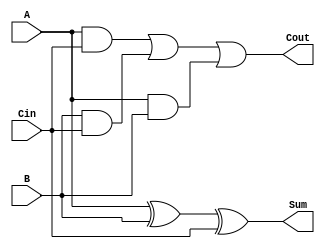
module FAStr(
	input wire A,
	input wire B,
	input wire Cin,
	output wire Sum,
	output wire Cout );
	
wire s1, T1, T2, T3;

xor X1 (S1, A, B);
xor X2(Sum, S1, Cin);

and A1(T3, A, B);
and A2(T2, B, Cin);
and A3(T1, A, Cin);

or o1(Cout, T1, T2, T3);

endmodule